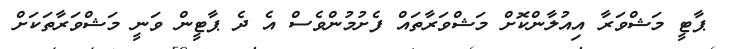
ޕާޓީ މަޝްވަރާ އިއުލާންކޮށް މަޝްވަރާތައް ފެށުމުންވެސް އެ ދެ ޕާޓީން ވަނީ މަޝްވަރާތަކަށް